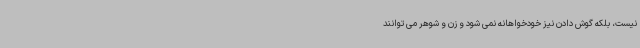
نیست، بلکه گوش دادن نیز خودخواهانه نمی شود و زن و شوهر می توانند